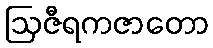
ဩဇီရကဇာတော